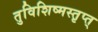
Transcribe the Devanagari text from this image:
तुविशिष्मस्तृप्त्